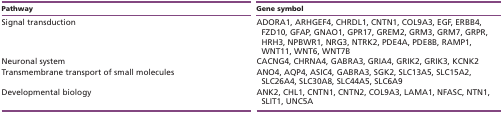
<table><thead><tr><td><b>Pathway</b></td><td><b>Gene symbol</b></td></tr></thead><tbody><tr><td>Signal transduction</td><td>ADORA1, ARHGEF4, CHRDL1, CNTN1, COL9A3, EGF, ERBB4, FZD10, GFAP, GNAO1, GPR17, GREM2, GRM3, GRM7, GRPR, HRH3, NPBWR1, NRG3, NTRK2, PDE4A, PDE8B, RAMP1, WNT11, WNT6, WNT7B</td></tr><tr><td>Neuronal system</td><td>CACNG4, CHRNA4, GABRA3, GRIA4, GRIK2, GRIK3, KCNK2</td></tr><tr><td>Transmembrane transport of small molecules</td><td>ANO4, AQP4, ASIC4, GABRA3, SGK2, SLC13A5, SLC15A2, SLC26A4, SLC30A8, SLC44A5, SLC6A9</td></tr><tr><td>Developmental biology</td><td>ANK2, CHL1, CNTN1, CNTN2, COL9A3, LAMA1, NFASC, NTN1, SLIT1, UNC5A</td></tr></tbody></table>